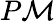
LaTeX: P\mathcal M